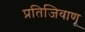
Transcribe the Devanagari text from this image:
प्रतिजिवाणू